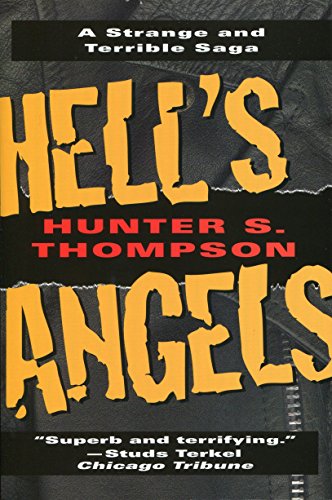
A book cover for Hell's Angels: A Strange and Terrible Saga; Hunter S. Thompson; Humor & Entertainment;